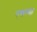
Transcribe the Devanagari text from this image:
एलम्‍मा